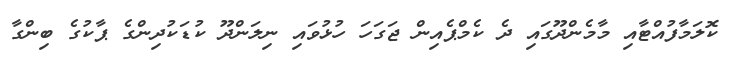
ކޮލަމާފުއްޓާއި މާމެންދޫގައި ދެ ކެމްޕެއިން ޖަގަހަ ހުޅުވައި ނިލަންދޫ ކުޑަކުދިންގެ ޕާކުގެ ބިންގާ